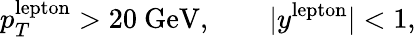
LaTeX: p_{T}^{\mathrm{lepton}}>20~\mathrm{GeV},\qquad|y^{\mathrm{lepton}}|<1,